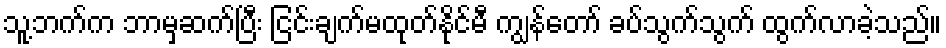
သူ့ဘက်က ဘာမှဆက်ပြီး ငြင်းချက်မထုတ်နိုင်မီ ကျွန်တော် ခပ်သွက်သွက် ထွက်လာခဲ့သည်။